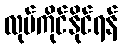
လုပ်ကိုင်နိုင်ရန်